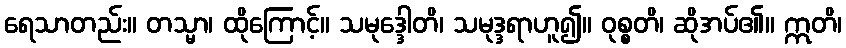
ရေသာတည်း။ တသ္မာ၊ ထိုကြောင့်။ သမုဒ္ဒေါတိ၊ သမုဒ္ဒရာဟူ၍။ ဝုစ္စတိ၊ ဆိုအပ်၏။ ဣတိ၊